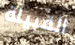
القبيلة